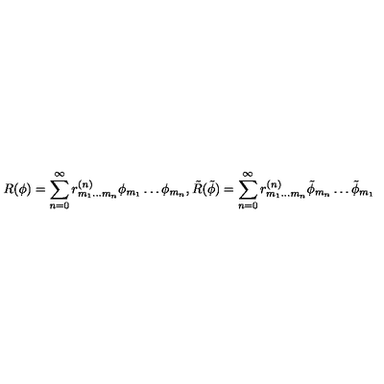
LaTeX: R ( \phi ) = \sum _ { n = 0 } ^ { \infty } r _ { m _ { 1 } \ldots m _ { n } } ^ { ( n ) } \phi _ { m _ { 1 } } \ldots \phi _ { m _ { n } } , \tilde { R } ( \tilde { \phi } ) = \sum _ { n = 0 } ^ { \infty } r _ { m _ { 1 } \ldots m _ { n } } ^ { ( n ) } \tilde { \phi } _ { m _ { n } } \ldots \tilde { \phi } _ { m _ { 1 } }